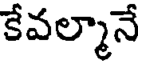
కేవల్మానే